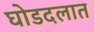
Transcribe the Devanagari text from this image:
घोडदलात